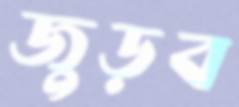
জুড়ব